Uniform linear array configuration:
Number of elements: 4
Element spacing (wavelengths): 0.5
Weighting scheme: hamming
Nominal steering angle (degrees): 60
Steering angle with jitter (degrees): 59.692
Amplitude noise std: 0.05
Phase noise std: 0.05

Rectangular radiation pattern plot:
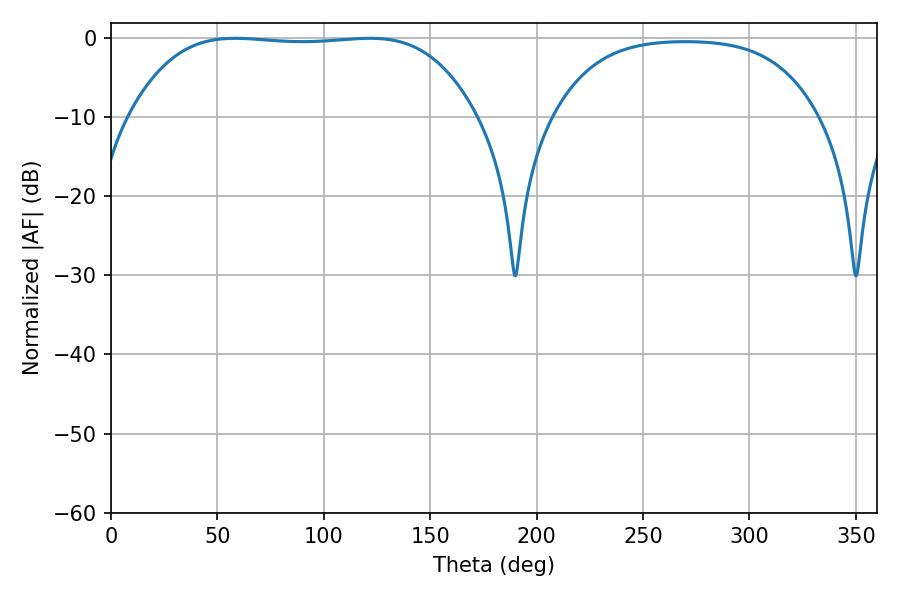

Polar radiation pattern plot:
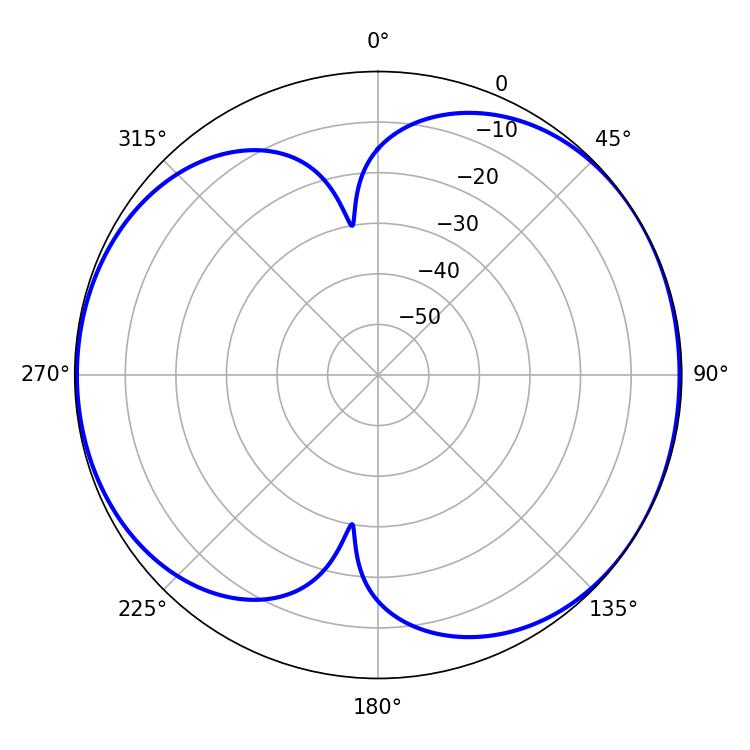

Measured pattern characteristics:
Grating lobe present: FALSE
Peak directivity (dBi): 5.949
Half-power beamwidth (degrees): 126.36
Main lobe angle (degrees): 58.32